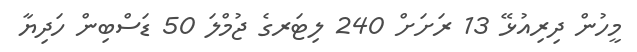
މީހުން ދިރިއުޅޭ 13 ރަށަށް 240 ލިޓަރގެ ޖުމްލަ 50 ޑަސްބިން ހަދިޔާ